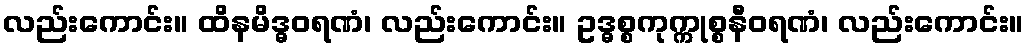
လည်းကောင်း။ ထိနမိဒ္ဓဝရဏံ၊ လည်းကောင်း။ ဥဒ္ဓစ္စကုက္ကုစ္စနီဝရဏံ၊ လည်းကောင်း။